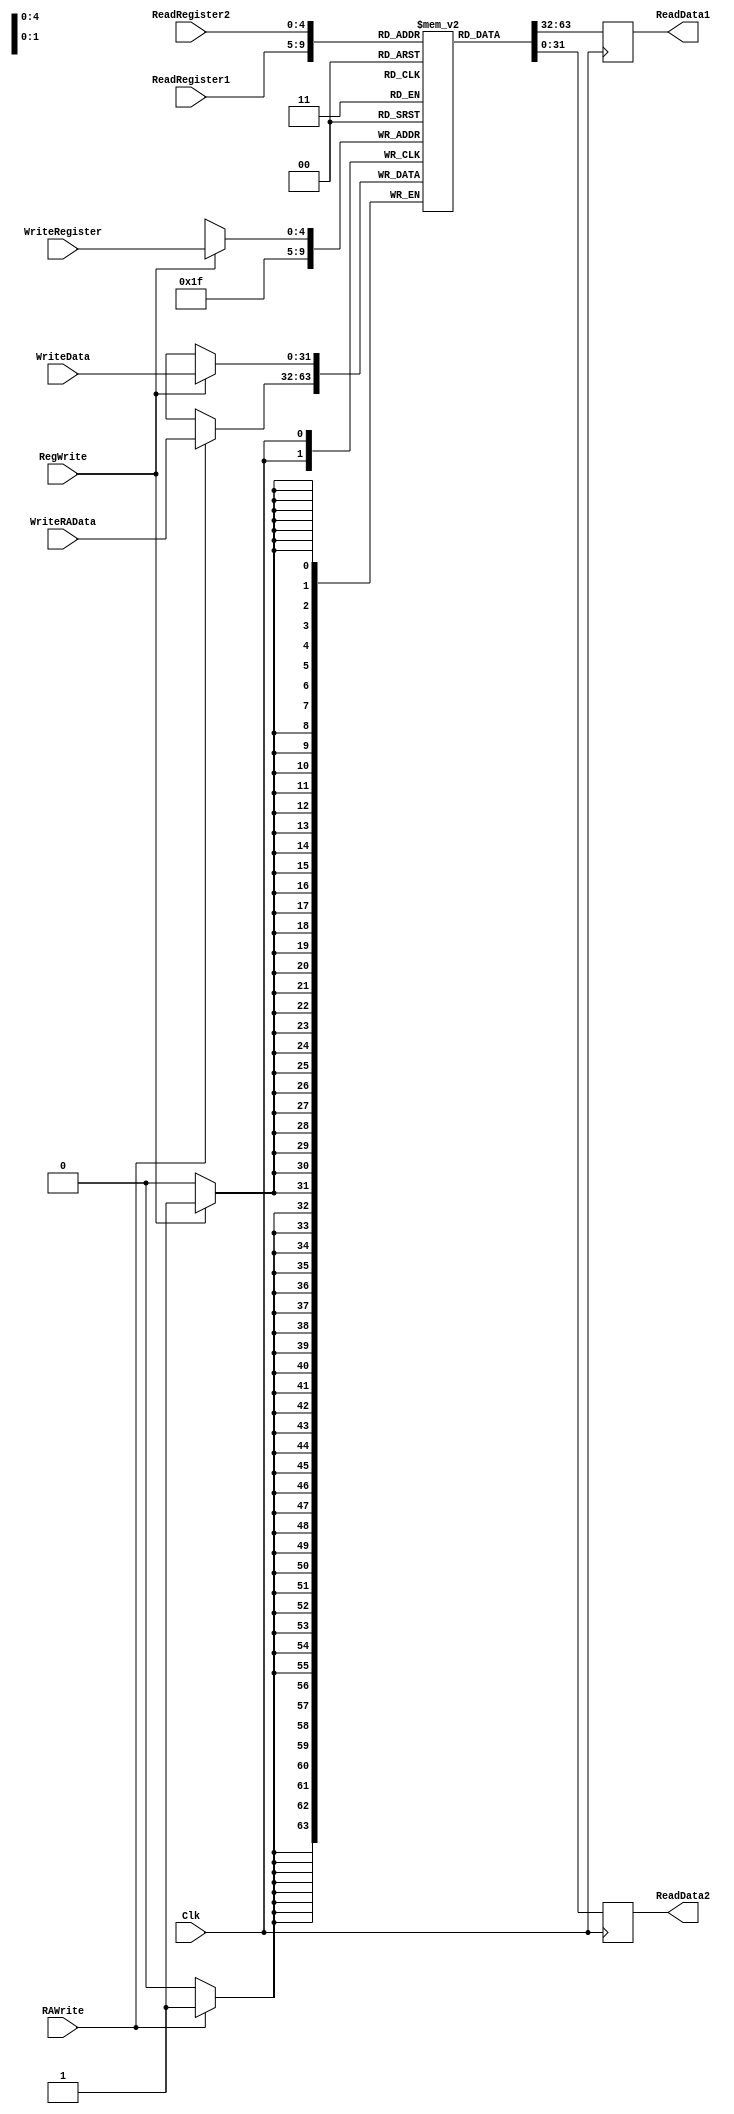
`timescale 1ns / 1ps

////////////////////////////////////////////////////////////////////////////////
// ECE369 - Computer Architecture
// 
//
//
// Student(s) Name and Last Name: FILL IN YOUR INFO HERE!
//
//
// Module - register_file.v
// Description - Implements a register file with 32 32-Bit wide registers.
//
// 
// INPUTS:-
// ReadRegister1: 5-Bit address to select a register to be read through 32-Bit 
//                output port 'ReadRegister1'.
// ReadRegister2: 5-Bit address to select a register to be read through 32-Bit 
//                output port 'ReadRegister2'.
// WriteRegister: 5-Bit address to select a register to be written through 32-Bit
//                input port 'WriteRegister'.
// WriteData: 32-Bit write input port.
// RegWrite: 1-Bit control input signal.
//
// OUTPUTS:-
// ReadData1: 32-Bit registered output. 
// ReadData2: 32-Bit registered output. 
//
// FUNCTIONALITY:-
// 'ReadRegister1' and 'ReadRegister2' are two 5-bit addresses to read two 
// registers simultaneously. The two 32-bit data sets are available on ports 
// 'ReadData1' and 'ReadData2', respectively. 'ReadData1' and 'ReadData2' are 
// registered outputs (output of register file is written into these registers 
// at the falling edge of the clock). You can view it as if outputs of registers
// specified by ReadRegister1 and ReadRegister2 are written into output 
// registers ReadData1 and ReadData2 at the falling edge of the clock. 
//
// 'RegWrite' signal is high during the rising edge of the clock if the input 
// data is to be written into the register file. The contents of the register 
// specified by address 'WriteRegister' in the register file are modified at the 
// rising edge of the clock if 'RegWrite' signal is high. The D-flip flops in 
// the register file are positive-edge (rising-edge) triggered. (You have to use 
// this information to generate the write-clock properly.) 
//
// NOTE:-
// We will design the register file such that the contents of registers do not 
// change for a pre-specified time before the falling edge of the clock arrives 
// to allow for data multiplexing and setup time.
////////////////////////////////////////////////////////////////////////////////

module RegisterFile(ReadRegister1, ReadRegister2, WriteRegister, WriteData, WriteRAData, RegWrite, RAWrite, Clk, ReadData1, ReadData2);
    input [4:0] ReadRegister1, ReadRegister2, WriteRegister;
    (* mark_debug = "true" *) input [31:0] WriteData, WriteRAData;
    input RegWrite, Clk, RAWrite;
    output reg [31:0] ReadData1, ReadData2;
    integer i;
    reg [31:0]registers [0:31];

	/* Please fill in the implementation here... */
	initial begin
	   for(i = 0; i < 32; i = i + 1) begin
	       registers[i] <= 0;
	   end
	   registers[29] = 32'd65532;
	end
	
	always@(posedge Clk) begin
	   if(RegWrite) begin
	       registers[WriteRegister] <= WriteData;
	   end
	   if(RAWrite) begin
	       registers[5'd31] <= WriteRAData;
	   end
    end
    
    always@(negedge Clk) begin
        ReadData1 <= registers[ReadRegister1];
        ReadData2 <= registers[ReadRegister2];
    end

endmodule